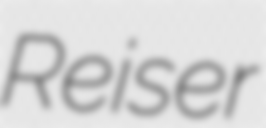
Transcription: Reiser